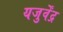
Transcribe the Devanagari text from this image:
यजुर्वेंद्र